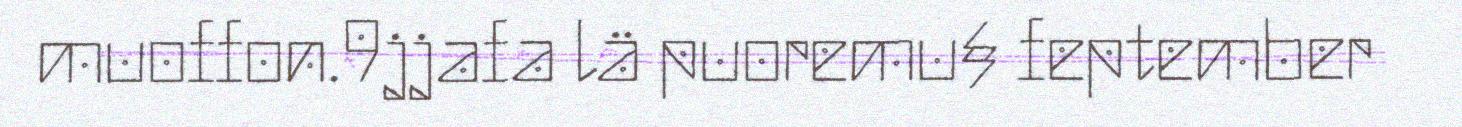
muoffon.9jjafa lä puoremu§ feptember